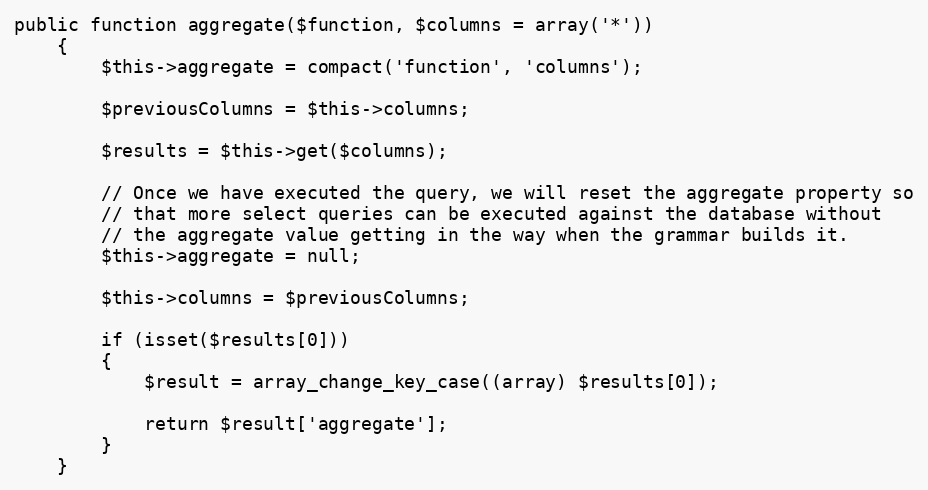
Language: PHP
public function aggregate($function, $columns = array('*'))
	{
		$this->aggregate = compact('function', 'columns');

		$previousColumns = $this->columns;

		$results = $this->get($columns);

		// Once we have executed the query, we will reset the aggregate property so
		// that more select queries can be executed against the database without
		// the aggregate value getting in the way when the grammar builds it.
		$this->aggregate = null;

		$this->columns = $previousColumns;

		if (isset($results[0]))
		{
			$result = array_change_key_case((array) $results[0]);

			return $result['aggregate'];
		}
	}